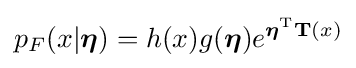
p_{F}(x|{\boldsymbol {\eta }})=h(x)g({\boldsymbol {\eta }})e^{{\boldsymbol {\eta }}^{\rm {T}}\mathbf {T} (x)}